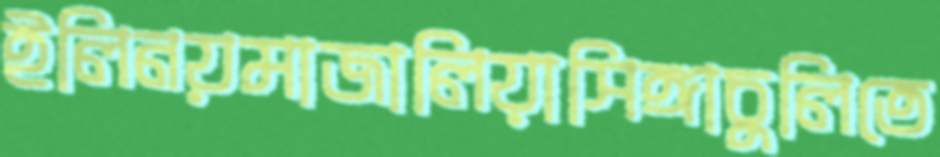
ইলিনয়মাজালিয়াসিঙ্গাচুলিতে